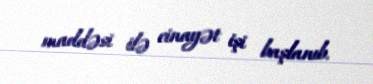
maddəsi ilə cinayət işi başlanıb.